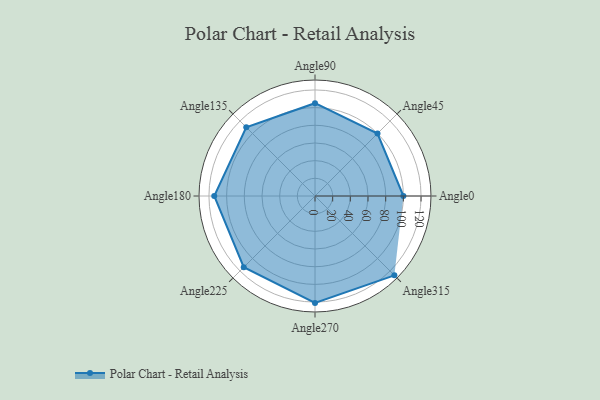
{"axis": {"x": "Angle", "y": "Radius"}, "legend": [""], "data": [{"x": "Angle0", "y": 100.0, "type": ""}, {"x": "Angle45", "y": 100.0, "type": ""}, {"x": "Angle90", "y": 105.0, "type": ""}, {"x": "Angle135", "y": 110.0, "type": ""}, {"x": "Angle180", "y": 114.0, "type": ""}, {"x": "Angle225", "y": 114.0, "type": ""}, {"x": "Angle270", "y": 121.0, "type": ""}, {"x": "Angle315", "y": 127.0, "type": ""}]}